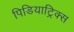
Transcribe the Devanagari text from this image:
पिडियाट्रिक्स